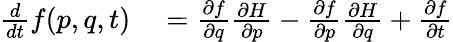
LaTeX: \begin{array}{rl}{{\frac{d}{dt}}f(p,q,t)}&{{}={\frac{\partial f}{\partial q}}{\frac{\partial H}{\partial p}}-{\frac{\partial f}{\partial p}}{\frac{\partial H}{\partial q}}+{\frac{\partial f}{\partial t}}}\end{array}